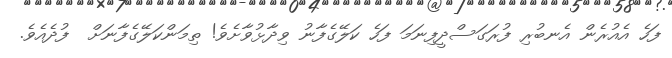
ފަހެ އެއުރެން އެނބުރި ފުރަގަސްދީފިނަމަ ފަހެ ކަލޭގެފާނު ވިދާޅުވާށެވެ! ތިމަންކަލޭގެފާނަށް  ފުދެއެވެ.